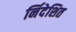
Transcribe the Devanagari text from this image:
र्निदेशित